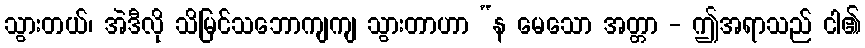
သွားတယ်၊ အဲဒီလို သိမြင်သဘောကျကျ သွားတာဟာ “န မေသော အတ္တာ - ဤအရာသည် ငါ၏